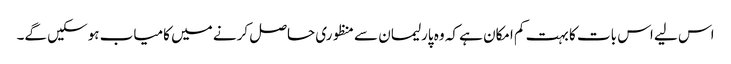
اس لیے اس بات کا بہت کم امکان ہے کہ وہ پارلیمان سے منظوری حاصل کرنے میں کامیاب ہوسکیں گے۔